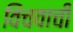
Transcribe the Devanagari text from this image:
विंचवाची